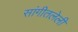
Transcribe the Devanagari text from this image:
सांगीतलेली